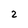
Character: 2